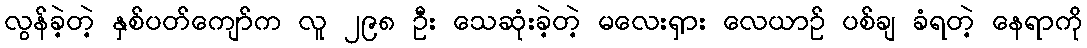
လွန်ခဲ့တဲ့ နှစ်ပတ်ကျော်က လူ ၂၉၈ ဦး သေဆုံးခဲ့တဲ့ မလေးရှား လေယာဉ် ပစ်ချ ခံရတဲ့ နေရာကို